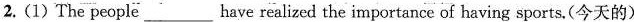
2.(1)The people___have realized the importance of having sports,(今天的)